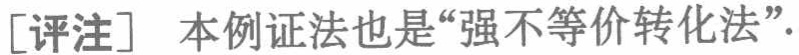
[评注] 本例证法也是“强不等价转化法”.